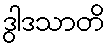
ဒွါဒသာတိ